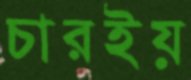
চারইয়